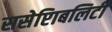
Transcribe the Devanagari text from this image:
ससेप्टिाबलिटी